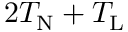
2 T _ { \mathrm { N } } + T _ { \mathrm { L } }